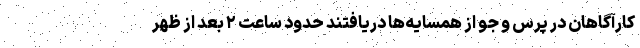
کارآگاهان در پرس و جو از همسایه‌ها دریافتند حدود ساعت ۲ بعد از ظهر